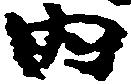
内